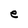
Character: e